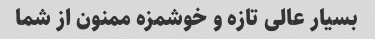
بسیار عالی تازه و خوشمزه ممنون از شما